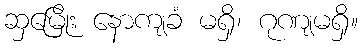
ဆှမြေိုး နောကျခံ မရှိ၊ ဂုဏျမရှိ။